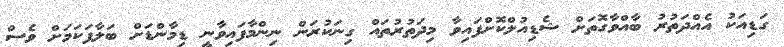
ގަޑިއަކު އެއްދަތުރު ބާއްވާގޮތަށް ޝެޑިއުލްކޮށްފައިވާ މިދަތުރުތައް ގިނަކުރަން ނިންމާފައިވާނީ ޑިމާންޑަށް ބަލާފަކަމަށް ވެސް